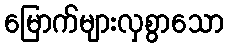
မြောက်များလှစွာသော